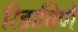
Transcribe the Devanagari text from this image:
रिझविणे